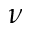
\nu